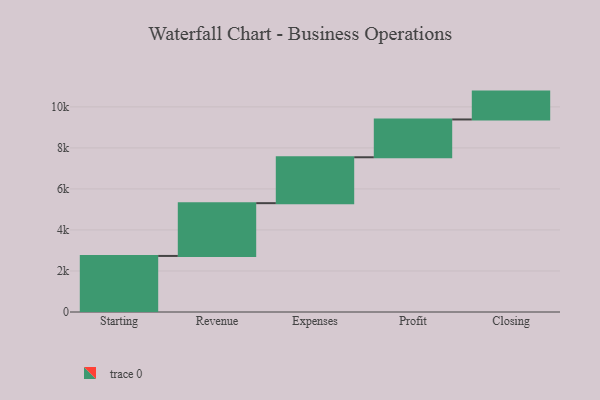
{"axis": {"x": "Step", "y": "Value"}, "legend": [""], "data": [{"x": "Starting", "y": 2733.0, "type": ""}, {"x": "Revenue", "y": 2573.0, "type": ""}, {"x": "Expenses", "y": 2238.0, "type": ""}, {"x": "Profit", "y": 1843.0, "type": ""}, {"x": "Closing", "y": 1358.0, "type": ""}]}